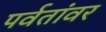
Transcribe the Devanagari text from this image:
पर्वतांवर